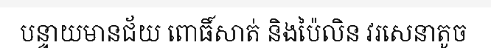
បន្ទាយមានជ័យ ពោធិ៍សាត់ និងប៉ៃលិន វរសេនាតូច